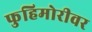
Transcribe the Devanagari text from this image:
फुहिमोरीवर